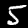
Label: 5